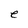
Character: e